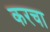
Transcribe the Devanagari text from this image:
करचा